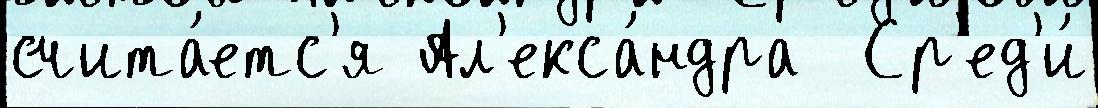
счита́етс'я Ал'екса́ндра  Ср'ед'и́